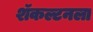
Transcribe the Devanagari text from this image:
शॅकल्टनला